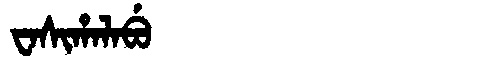
Manchu: ᠸᠠᠰᡳᡥᠠᠯᠠᠪᡠ
Romanization: WASIHALABU